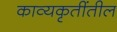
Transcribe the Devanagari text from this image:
काव्यकृतींतील